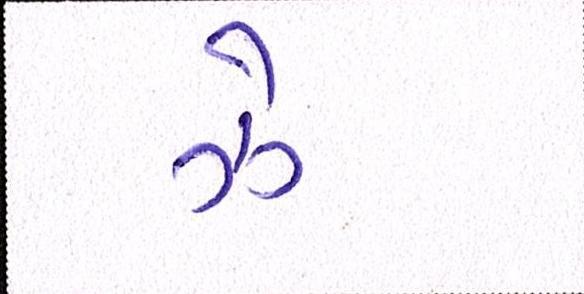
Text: ઝેૄ